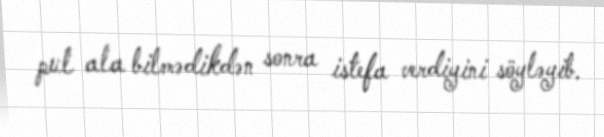
pul ala bilmədikdən sonra istefa verdiyini söyləyib.